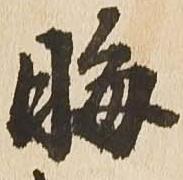
晦